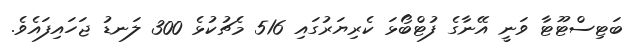
ބަޓިސްޓޫޓާ ވަނީ އޭނާގެ ފުޓްބޯޅަ ކެރިޔަރުގައި 516 މެޗުކުޅެ 300 ލަނޑު ޖަހައިފައެވެ.